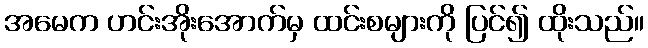
အမေက ဟင်းအိုးအောက်မှ ထင်းစများကို ပြင်၍ ထိုးသည်။